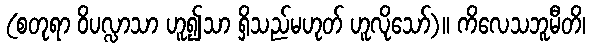
(စတုရာ ဝိပလ္လာသာ ဟူ၍သာ ရှိသည်မဟုတ် ဟူလိုသော်)။ ကိလေသဘူမီတိ၊